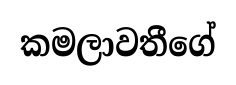
කමලාවතීගේ